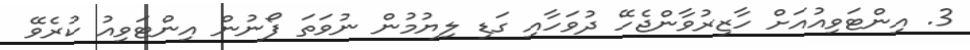
3. އިންޓަވިއުއަށް ހާޒިރުވާންޖެހޭ ދުވަހާއި ގަޑި ލިޔުމުން ނުވަތަ ފޯނުން އިންޓަވިއު ކުރެވޭ